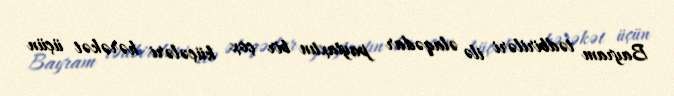
Bayram tədbiriləri ilə əlaqədar paytaxtın bir çox küçələri hərəkət üçün